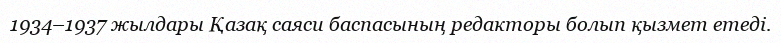
1934–1937 жылдары Қазақ саяси баспасының редакторы болып қызмет етеді.